Newspaper: Millheim Journal. [volume]
Place of publication: Millheim, Pa.
Publisher: Walter & Deininger
Date: 1880-01-01 00:00:00
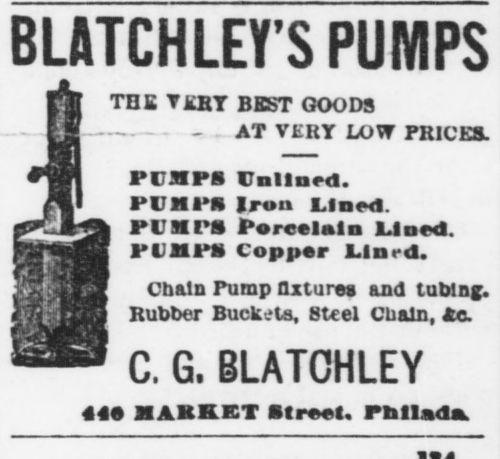
Advertisement text (OCR):
BLATCHLEY'S PUMPS iTOE TJ£BT BEST GOODS - AT VERT LOW PRICES. PCEPi Unltnrd. Pt'N I'R Iron Lined. Pl Xn Porcelain Lined. PIMPS Copper Lincd. Chain Pump Qxtures and tubing. Rubber Buckets, Steel Chain, Ac. C. G. BLATCHLEY AAA MARKET Rlrcct. Phllada
Label: illustrations